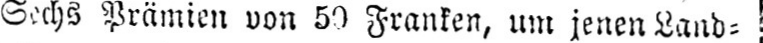
Sechs Prämien von 50 Franken, um jenen Land⸗